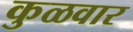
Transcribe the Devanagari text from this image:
कुळवार